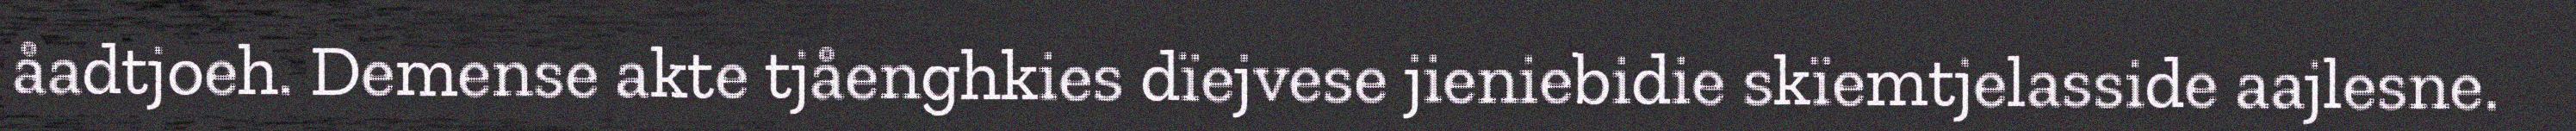
åadtjoeh. Demense akte tjåenghkies dïejvese jieniebidie skïemtjelasside aajlesne.